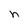
Character: n